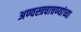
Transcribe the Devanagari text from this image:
अण्वस्त्रचाचण्यांच्या